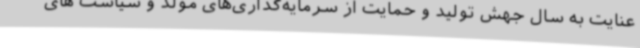
عنایت به سال جهش تولید و حمایت از سرمایه‌گذاری‌های مولد و سیاست های